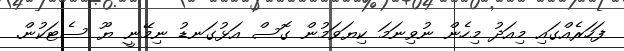
ފަހަރެއްގައި މިއަދު މިހެން ނުވިނަމަ ކިޔަވަމުން ގޮސް އަޅުގަނޑު ނިމޭނީ ޔޫ ސެޓަކުން.